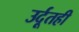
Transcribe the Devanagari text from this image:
उर्दूतही